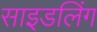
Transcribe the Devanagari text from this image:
साइडलिंग